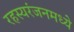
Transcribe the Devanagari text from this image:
रहस्यरंजनमध्ये